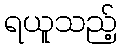
ရယူသည့်